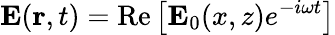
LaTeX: {\mathbf E}({\mathbf r},t)=\mathrm{Re}\left[{\mathbf E}_{0}(x,z)e^{-i\omega t}\right]